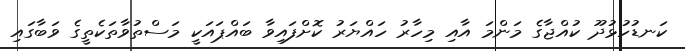
ކަނޑުހުޅުދޫ ކުއްޖާގެ މަންމަ އާއި މިހާރު ހައްޔަރު ކޮށްފައިވާ ބައްްޕައަކީ މަސްތުވާތަކެތީގެ ވަބާގައި